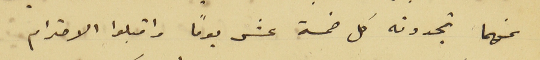
عنهما تجدونه كل خمسة عشر يوماً واقبلوا الاحترام